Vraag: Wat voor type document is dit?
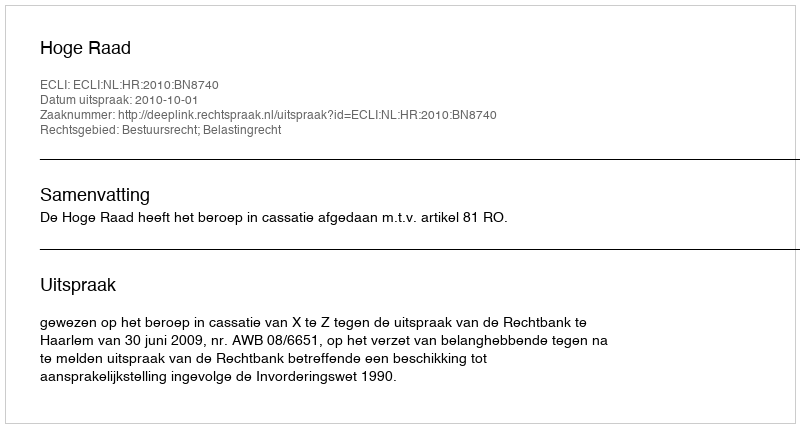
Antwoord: Uitspraak